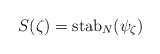
\begin{align*}S(\zeta) = \mathrm{stab}_N(\psi_\zeta)\end{align*}